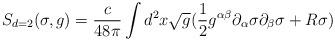
LaTeX: \begin{align*}S_{d=2}(\sigma,g)=\frac{c}{48\pi}\int d^2 x\sqrt{g}(\frac{1}{2}g^{\alpha\beta}\partial_\alpha \sigma \partial_\beta \sigma + R \sigma)\end{align*}